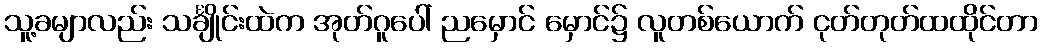
သူ့ခမျာလည်း သင်္ချိုင်းထဲက အုတ်ဂူပေါ် ညမှောင် မှောင်၌ လူတစ်ယောက် ငုတ်တုတ်ထထိုင်တာ